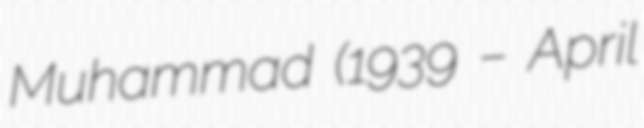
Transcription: Muhammad (1939 – April